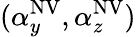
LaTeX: (\alpha_{y}^{\mathrm{NV}},\alpha_{z}^{\mathrm{NV}})